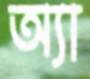
অ্যা